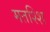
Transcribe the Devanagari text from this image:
मतश्शि